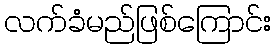
လက်ခံမည်ဖြစ်ကြောင်း